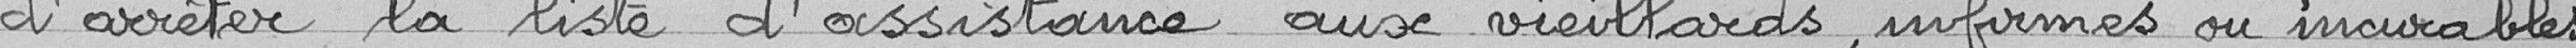
d'arrêter la liste d'assistance aux vieillards, infirmes ou incurables